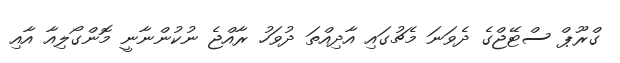
ގްރޫޕް ސްޓޭޖްގެ ދެވަނަ މެޗުގައި އާދިއްތަ ދުވަހު ރާއްޖެ ނުކުންނާނީ މޮންގޯލިއާ އާއި